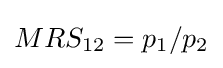
MRS_{12}=p_{1}/p_{2}